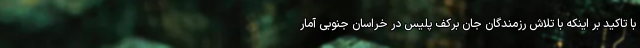
با تاکید بر اینکه با تلاش رزمندگان جان برکف پلیس در خراسان جنوبی آمار